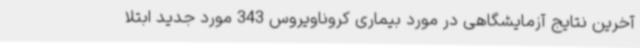
آخرین نتایج آزمایشگاهی در مورد بیماری کروناویروس 343 مورد جدید ابتلا